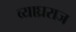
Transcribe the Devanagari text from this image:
व्याघ्रराज